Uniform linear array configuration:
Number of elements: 4
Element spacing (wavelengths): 1
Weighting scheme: binomial
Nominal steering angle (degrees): -30
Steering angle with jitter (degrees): -29.051
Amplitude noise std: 0.05
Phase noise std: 0.05

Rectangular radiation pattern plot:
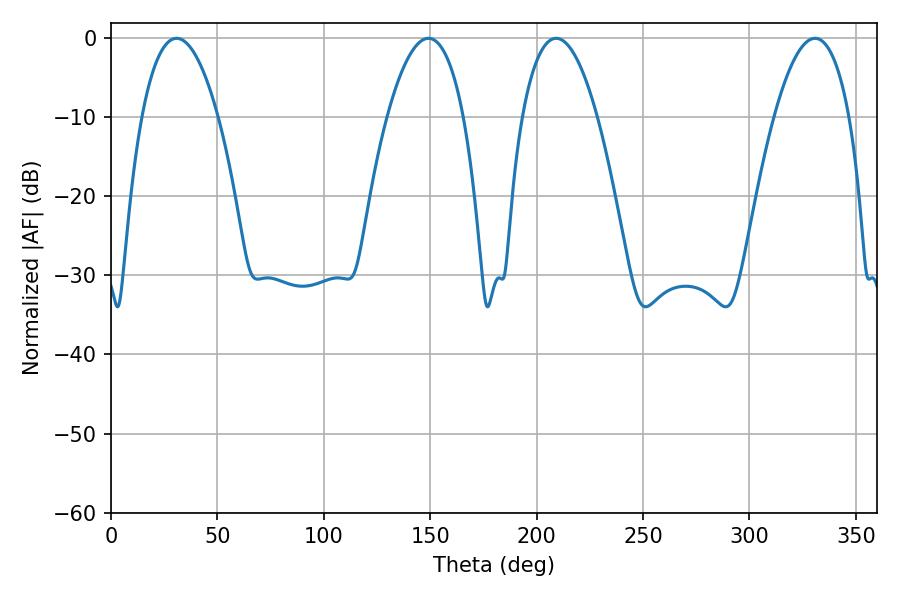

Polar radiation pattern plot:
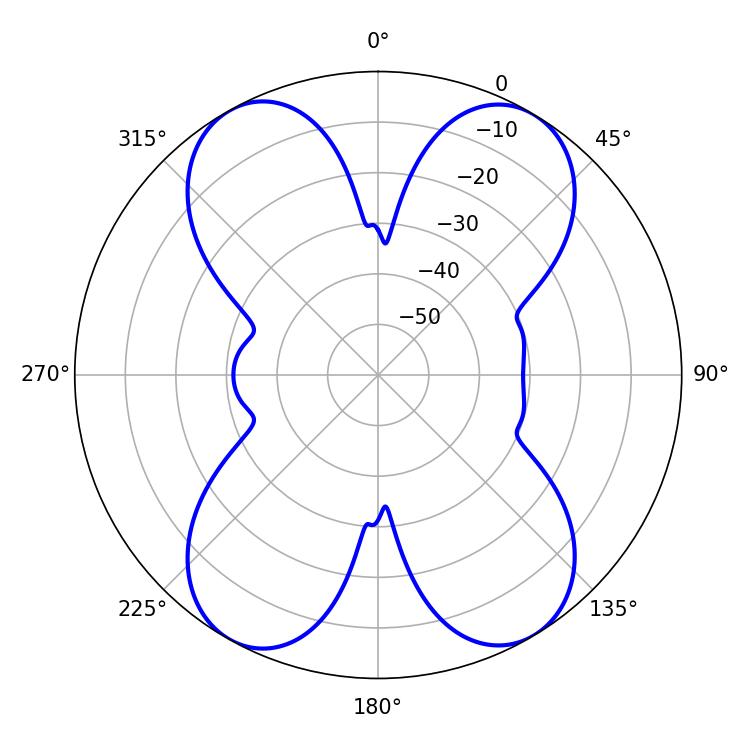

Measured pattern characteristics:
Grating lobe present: TRUE
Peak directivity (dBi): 19.361
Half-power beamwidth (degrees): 19.44
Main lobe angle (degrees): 209.16